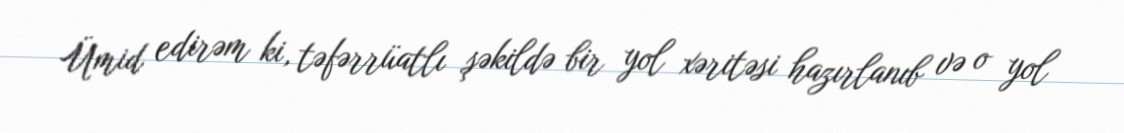
Ümid edirəm ki, təfərrüatlı şəkildə bir yol xəritəsi hazırlanıb və o yol